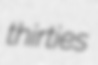
thirties